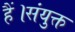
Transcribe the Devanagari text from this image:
हैं।संयुक्त